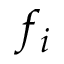
f _ { i }